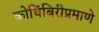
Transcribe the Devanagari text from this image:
कोथिंबिरीप्रमाणे